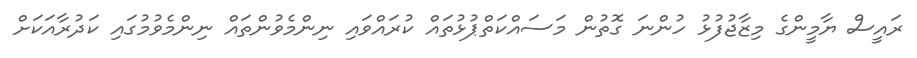
ރައީސް ޔާމީންގެ މިޒާޖުފުޅު ހުންނަ ގޮތުން މަސައްކަތްޕުޅުތައް ކުރައްވައި ނިންމެވުންތައް ނިންމެވުމުގައި ކަދުރާއަަކަށް